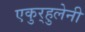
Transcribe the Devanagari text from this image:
एकुर्‍हुलेनी